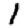
Digit: 1